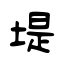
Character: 堤